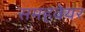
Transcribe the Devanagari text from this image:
समहवेयर